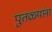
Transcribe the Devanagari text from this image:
पुतळ्यांना